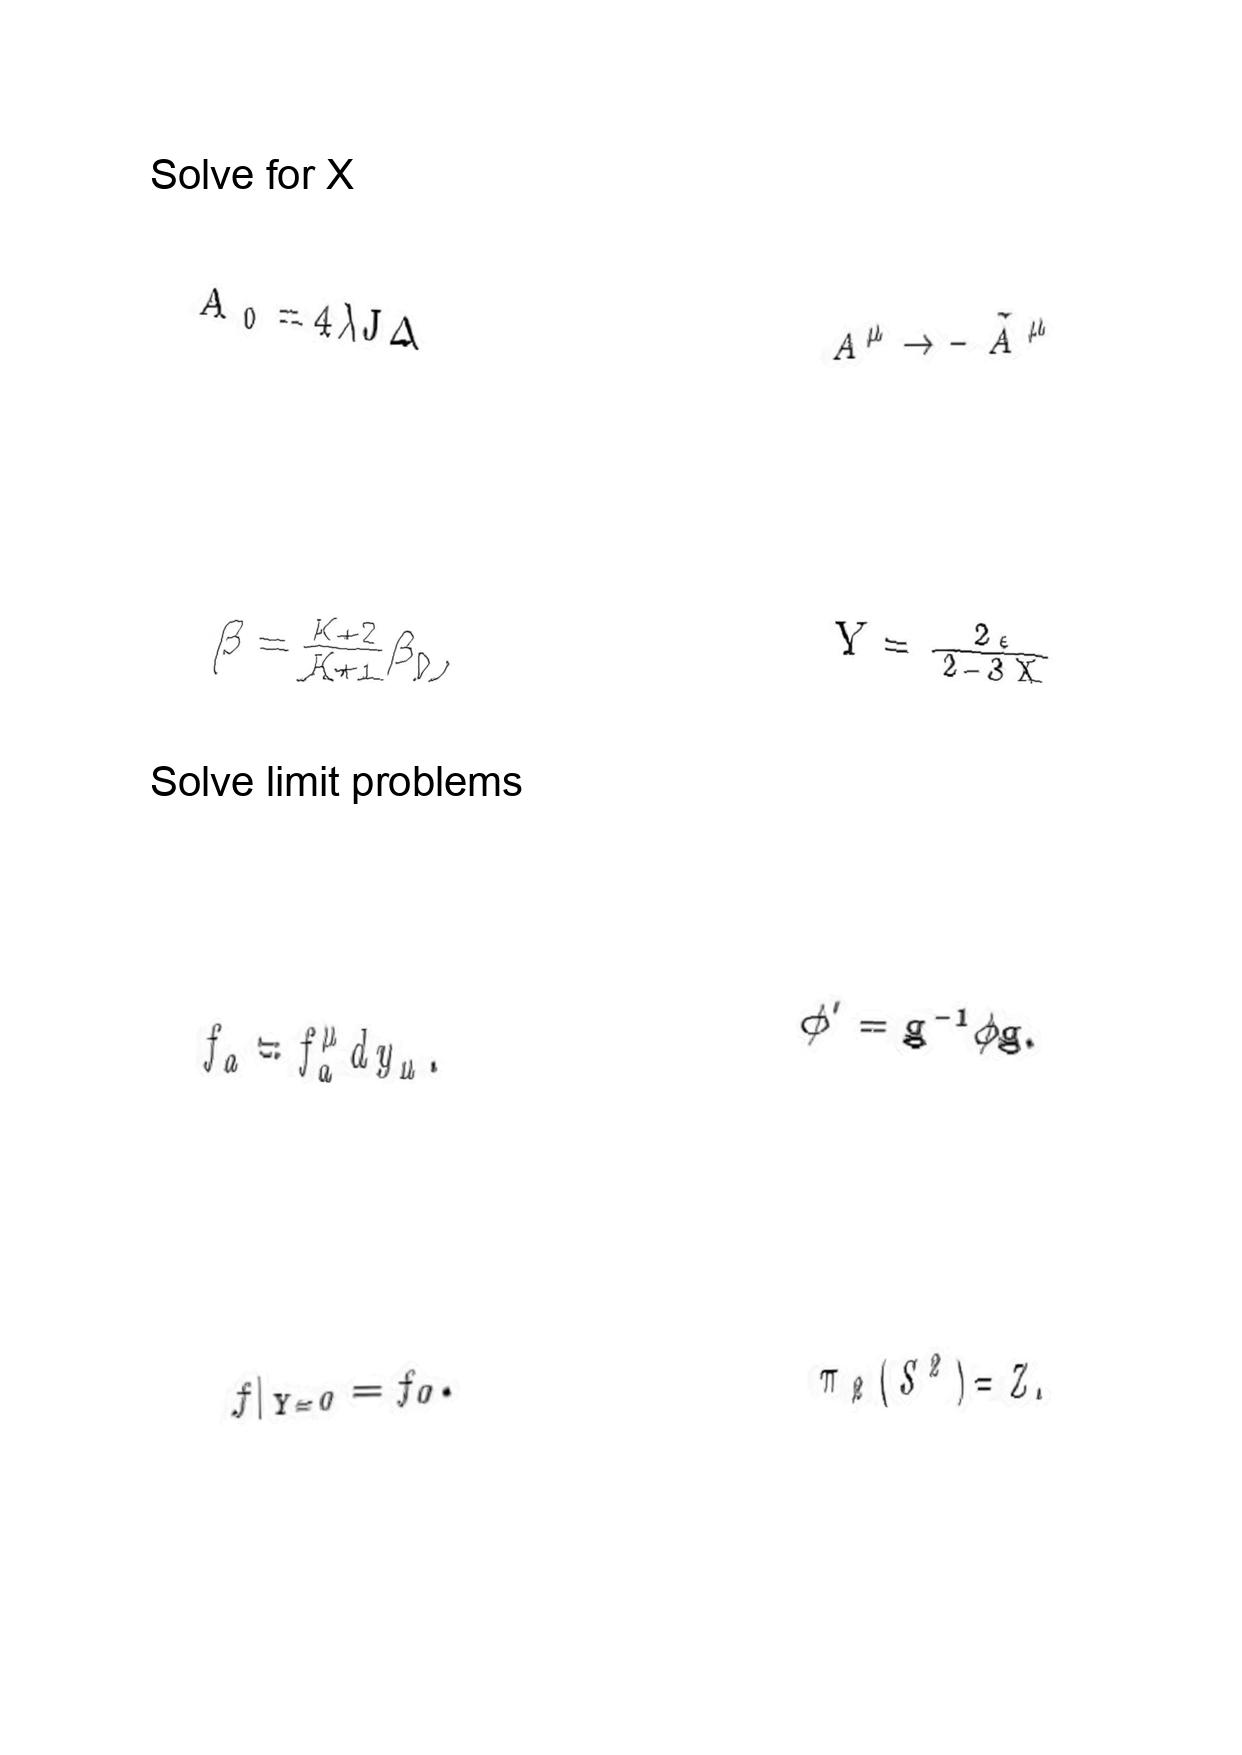
LaTeX transcription:
\tilde { A } _ { 0 } = 4 \lambda J \Delta
\beta = \frac { K + 2 } { K + 1 } \beta _ { 0 } ,
f _ { a } = f _ { a } ^ { \mu } d y _ { \mu } .
f \vert _ { Y = 0 } = f _ { 0 } .
A ^ { \mu } \rightarrow - \tilde { A } ^ { \mu }
Y = \frac { 2 \epsilon } { 2 - 3 X }
\phi ^ { \prime } = g ^ { - 1 } \phi g .
\pi _ { 2 } \lparen S ^ { 2 } \rparen = Z .